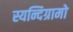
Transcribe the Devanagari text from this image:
स्यन्दिग्रामो